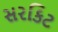
સરકિટ